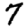
Digit: 7